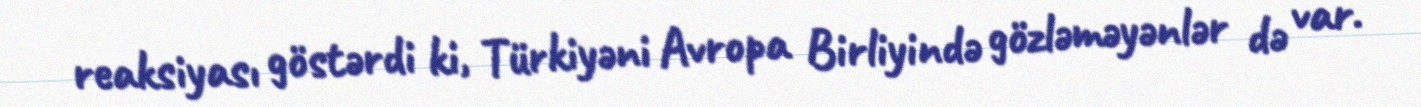
reaksiyası göstərdi ki, Türkiyəni Avropa Birliyində gözləməyənlər də var.